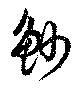
魦